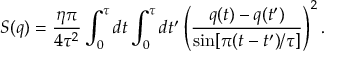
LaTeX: S ( q ) = \frac { \eta \pi } { 4 \tau ^ { 2 } } \int _ { 0 } ^ { \tau } d t \int _ { 0 } ^ { \tau } d t ^ { \prime } \left( \frac { q ( t ) - q ( t ^ { \prime } ) } { \sin [ \pi ( t - t ^ { \prime } ) / \tau ] } \right) ^ { 2 } .